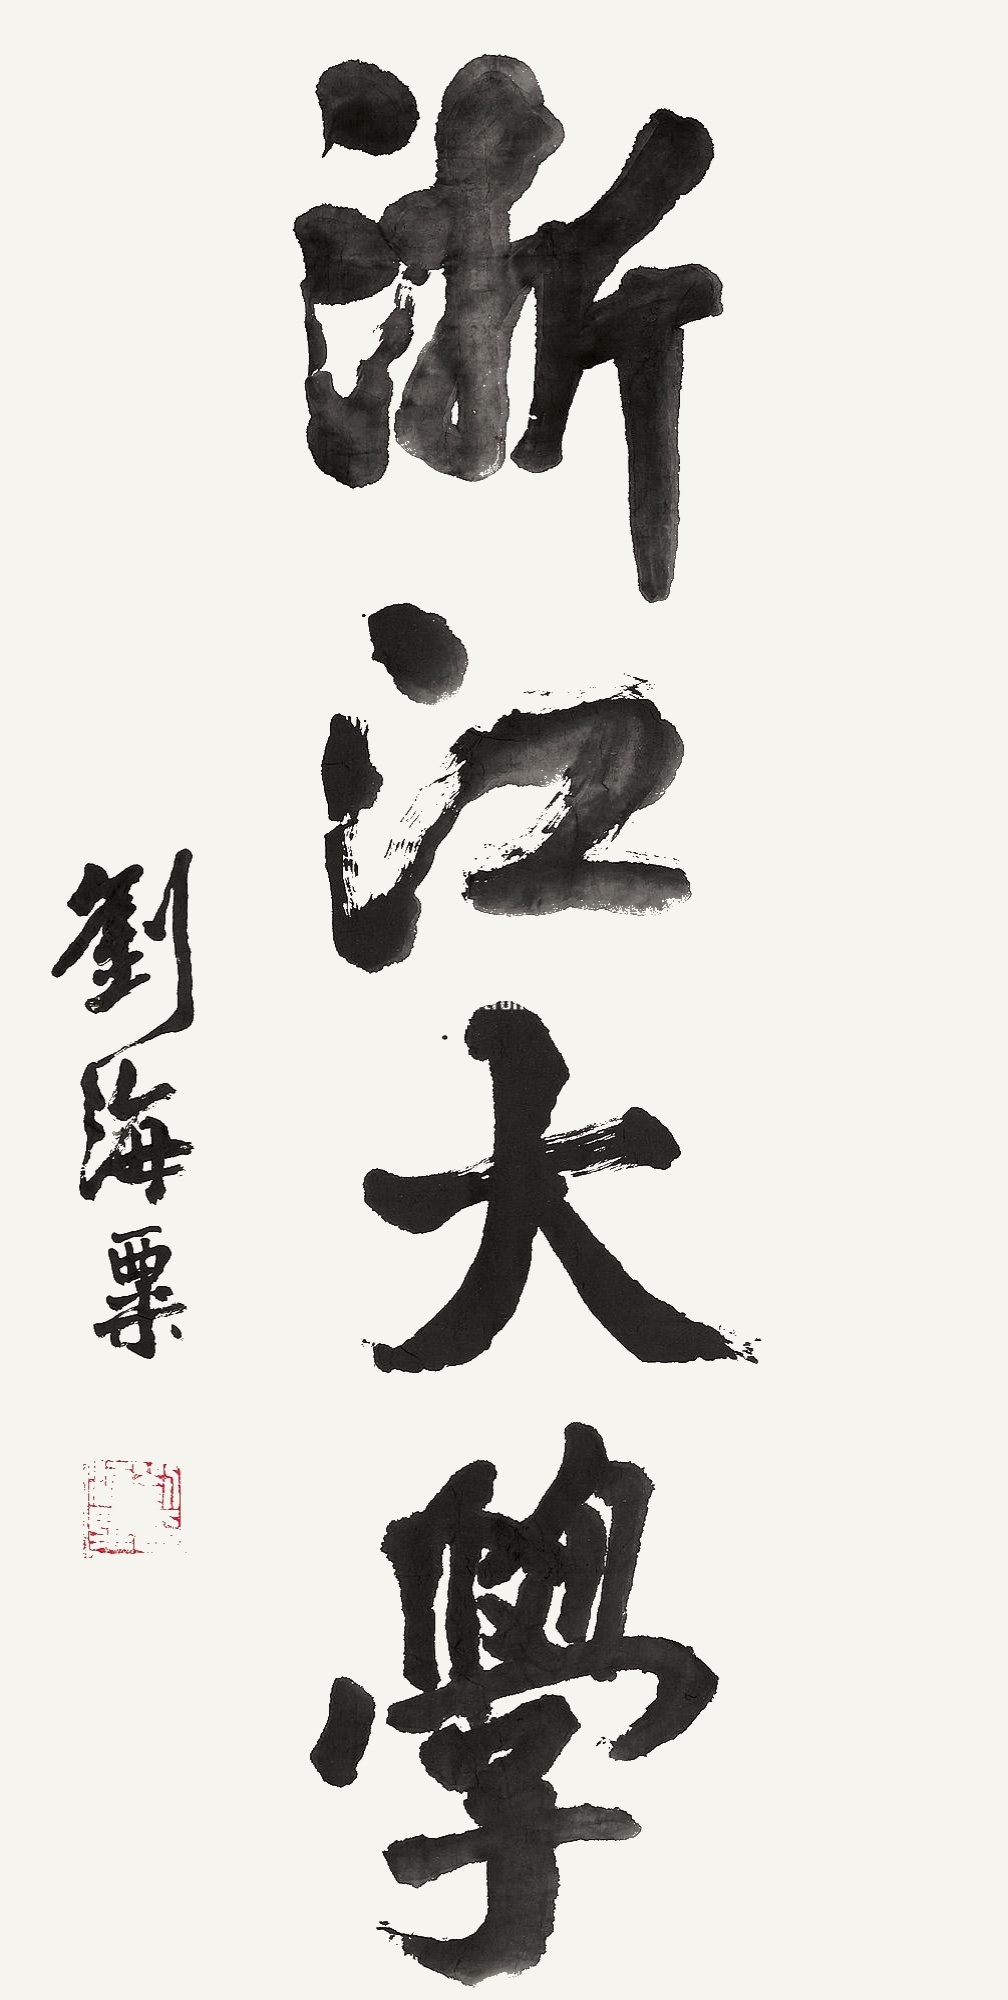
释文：浙江大学刘海粟